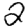
Digit: 2